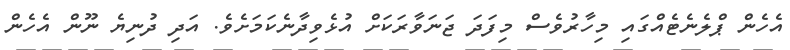
އެހެން ޕްލެނެޓެއްގައި މިހާރުވެސް މިފަދަ ޖަނަވާރަކަށް އުޅެވިދާނެކަމަށެވެ. އަދި ދުނިޔެ ނޫން އެހެން